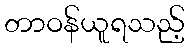
တာဝန်ယူရသည့်